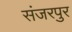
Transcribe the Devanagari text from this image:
संजरपुर